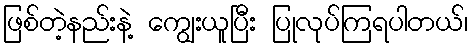
ဖြစ်တဲ့နည်းနဲ့ ကျွေးယူပြီး ပြုလုပ်ကြရပါတယ်၊